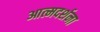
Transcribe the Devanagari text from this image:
आत्मदर्शना